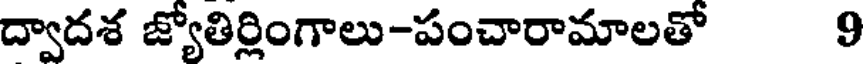
ద్వాదశ జ్యోతిర్లింగాలు-పంచారామాలతో 9